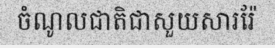
ចំណូលជាតិជាសួយសាររ៉ែ